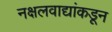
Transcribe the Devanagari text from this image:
नक्षलवाद्यांकडून